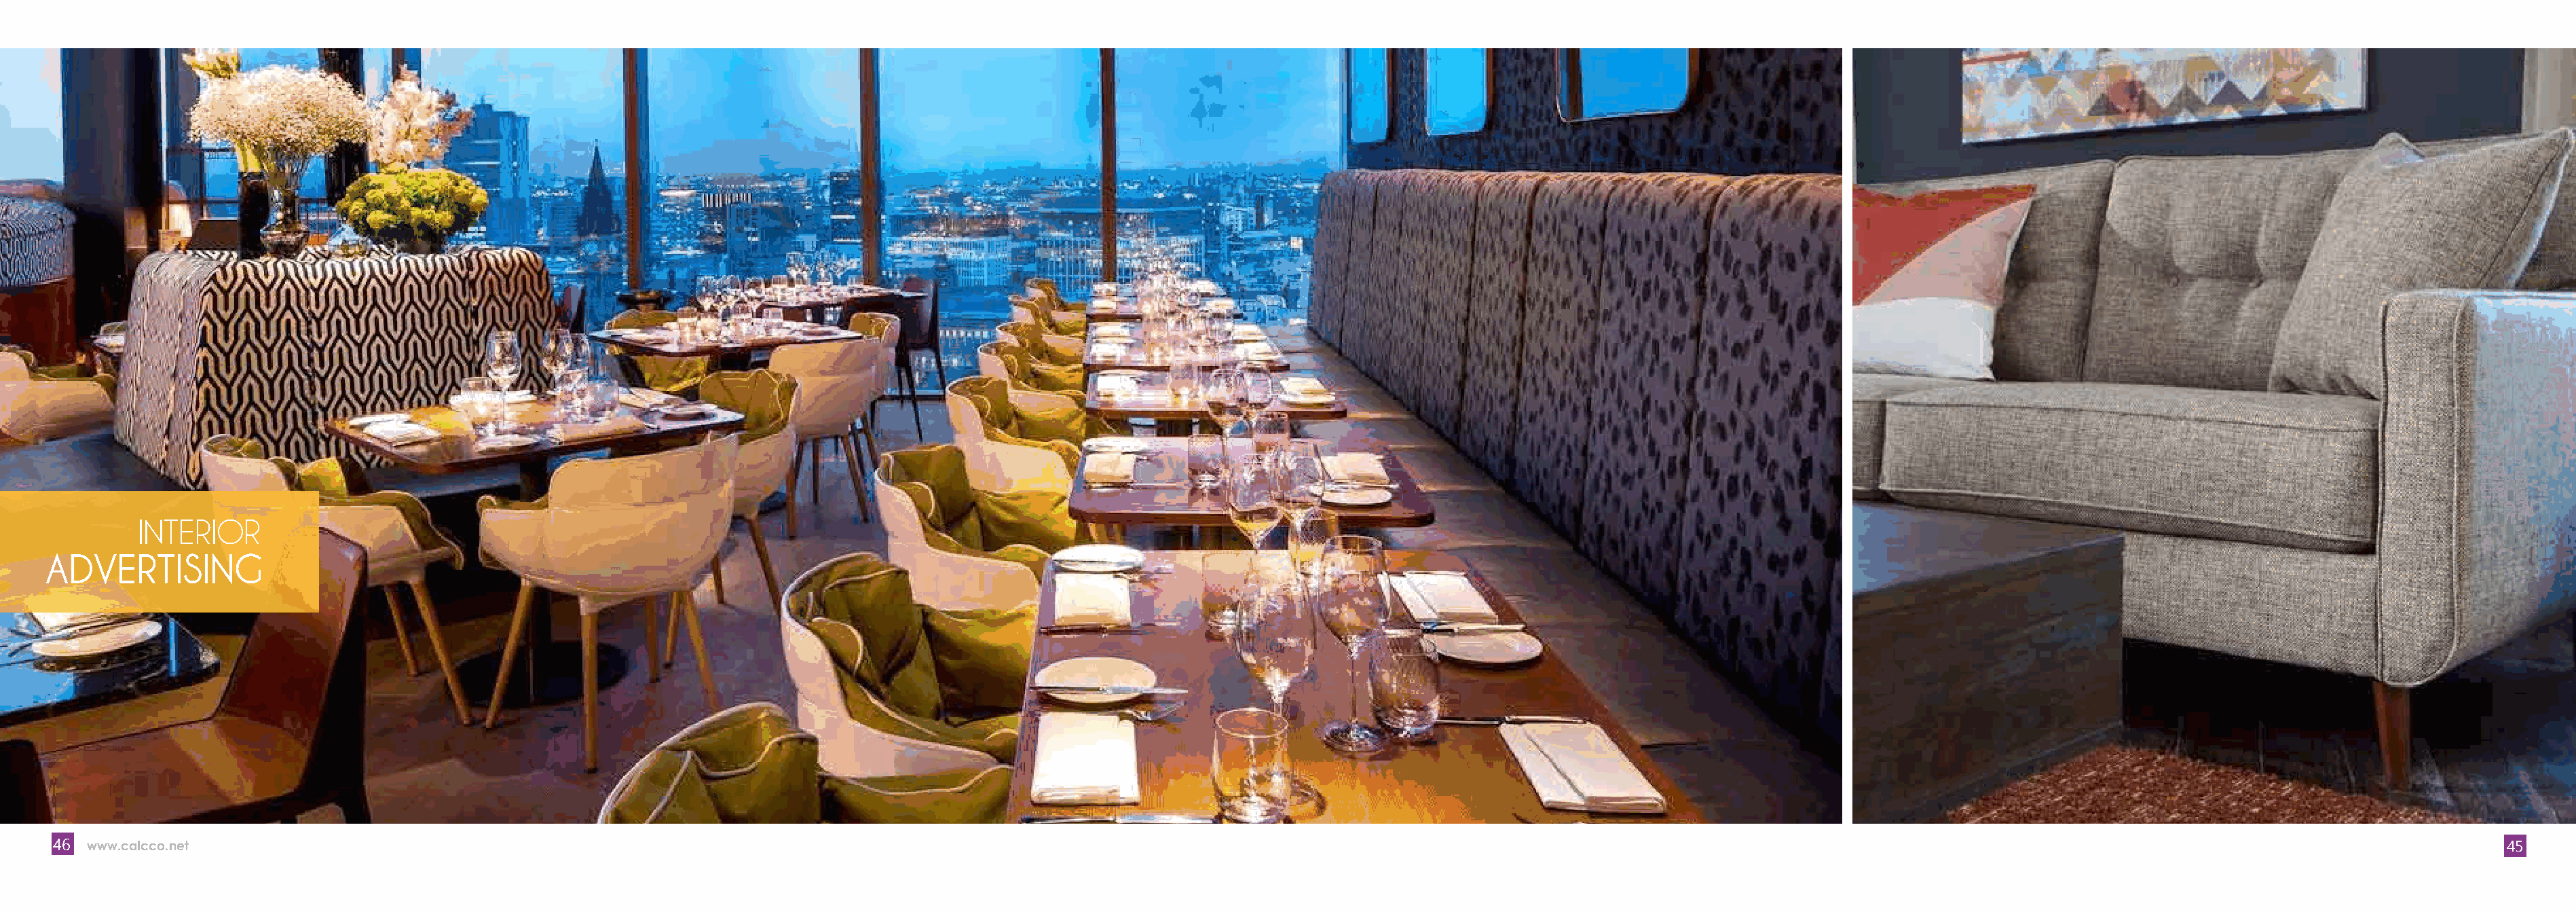
INTERIOR
 ADVERTISING
 46 www.calcco.net                                                                                                                                                                                                           PRINTING & ADVERTISING AGENCY 45